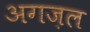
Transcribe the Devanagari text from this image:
अगज़ल